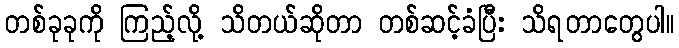
တစ်ခုခုကို ကြည့်လို့ သိတယ်ဆိုတာ တစ်ဆင့်ခံပြီး သိရတာတွေပါ။